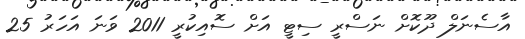
އާސެނަލް ދޫކޮށް ނަސްރީ ސިޓީ އަށް ސޮއިކުރީ 2011 ވަނަ އަހަރު 25